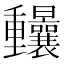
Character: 𨤼